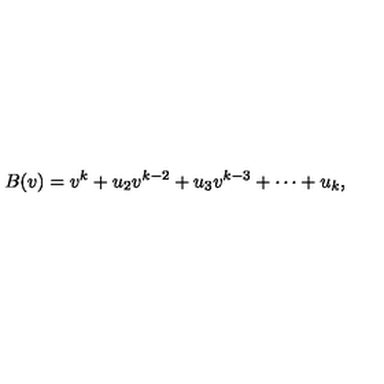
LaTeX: B ( v ) = v ^ { k } + u _ { 2 } v ^ { k - 2 } + u _ { 3 } v ^ { k - 3 } + \cdots + u _ { k } ,